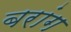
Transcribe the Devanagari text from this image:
बरांग